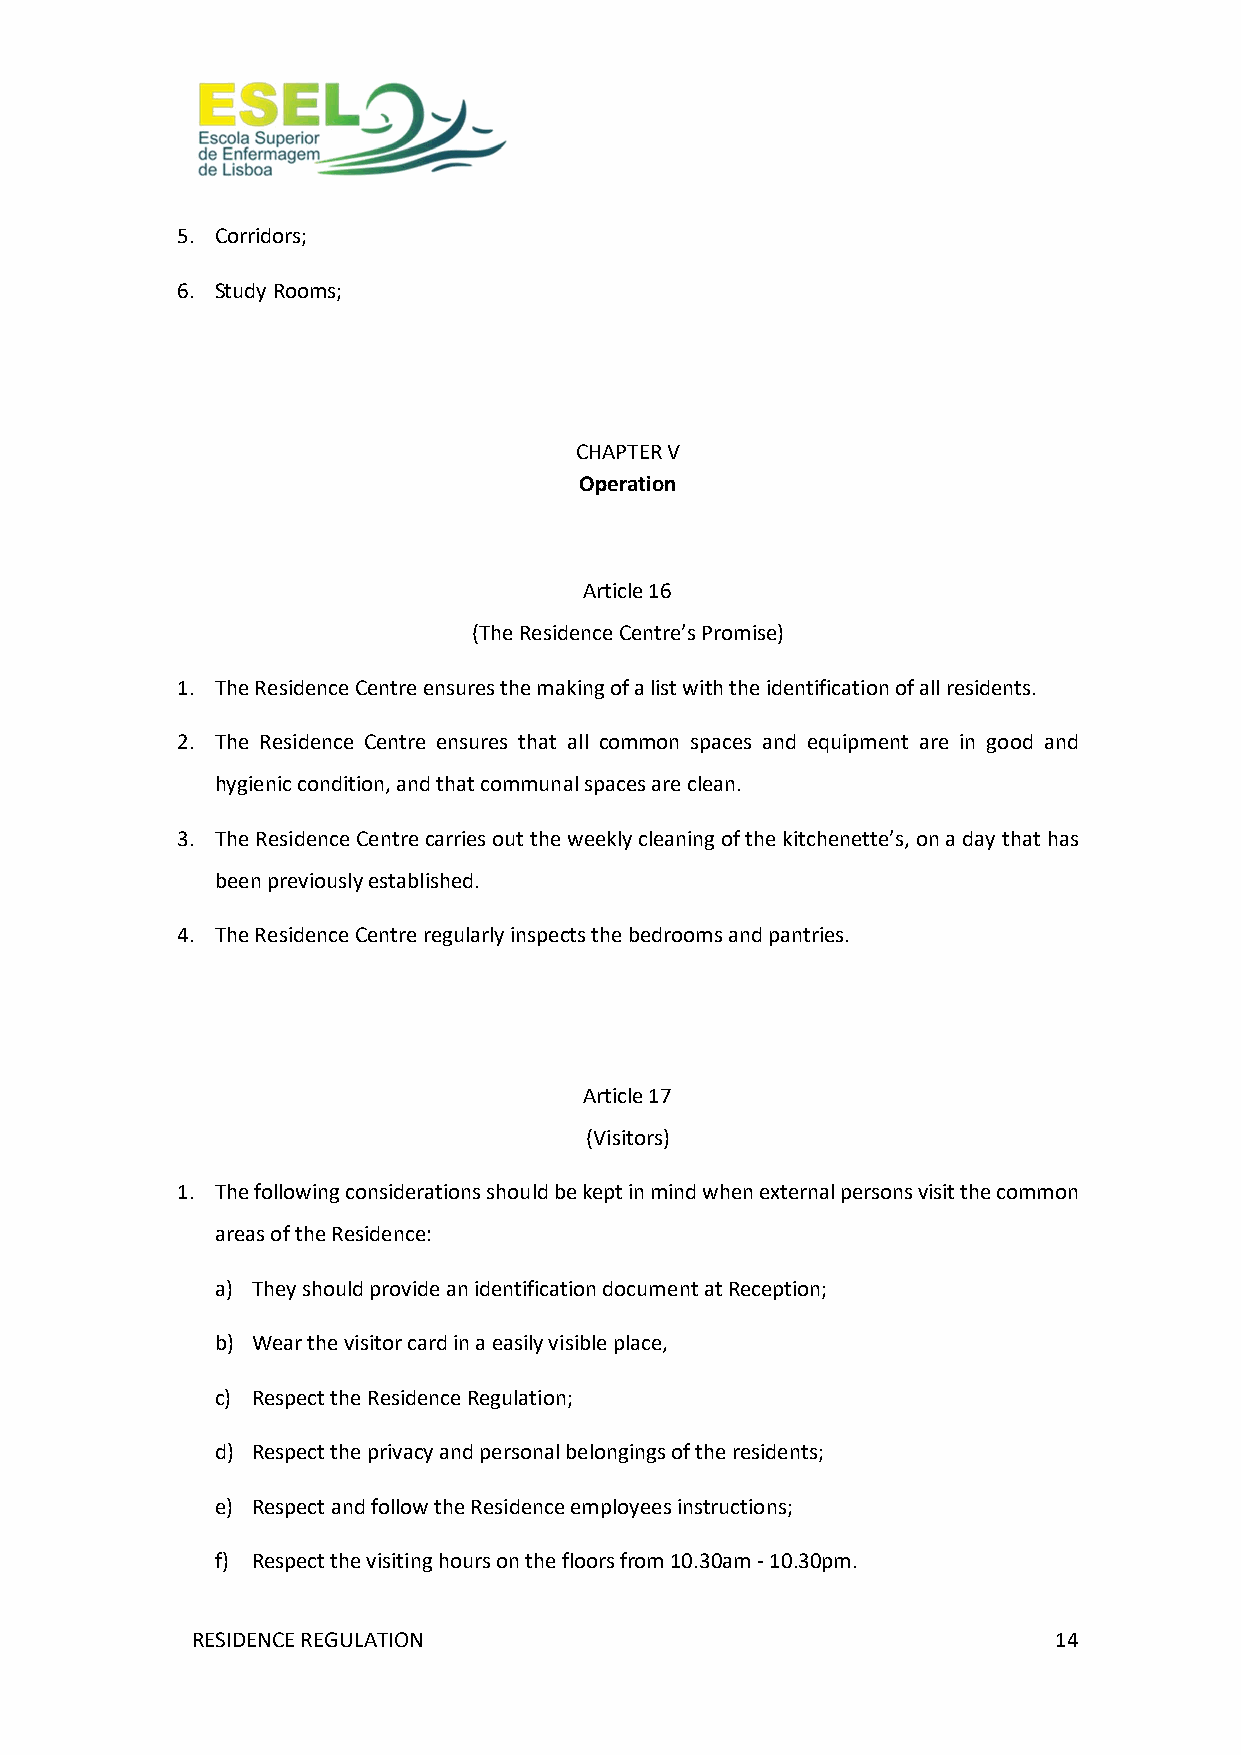
5. Corridors;
 6. Study Rooms;
 CHAPTER V
 Operation
 Article 16
 (The Residence Centre’s Promise)
 1. The Residence Centre ensures the making of a list with the identification of all residents.
 2. The Residence Centre ensures that all common spaces and equipment are in good and
 hygienic condition, and that communal spaces are clean.
 3. The Residence Centre carries out the weekly cleaning of the kitchenette’s, on a day that has
 been previously established.
 4. The Residence Centre regularly inspects the bedrooms and pantries.
 Article 17
 (Visitors)
 1. The following considerations should be kept in mind when external persons visit the common
 areas of the Residence:
 a) They should provide an identification document at Reception;
 b) Wear the visitor card in a easily visible place,
 c) Respect the Residence Regulation;
 d) Respect the privacy and personal belongings of the residents;
 e) Respect and follow the Residence employees instructions;
 f) Respect the visiting hours on the floors from 10.30am - 10.30pm.
 RESIDENCE REGULATION                                     14